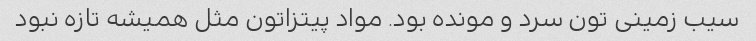
سیب زمینی تون سرد و مونده بود. مواد پیتزاتون مثل همیشه تازه نبود